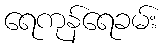
ရေကုန်ရေခမ်း